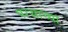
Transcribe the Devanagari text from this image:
परसाच्या